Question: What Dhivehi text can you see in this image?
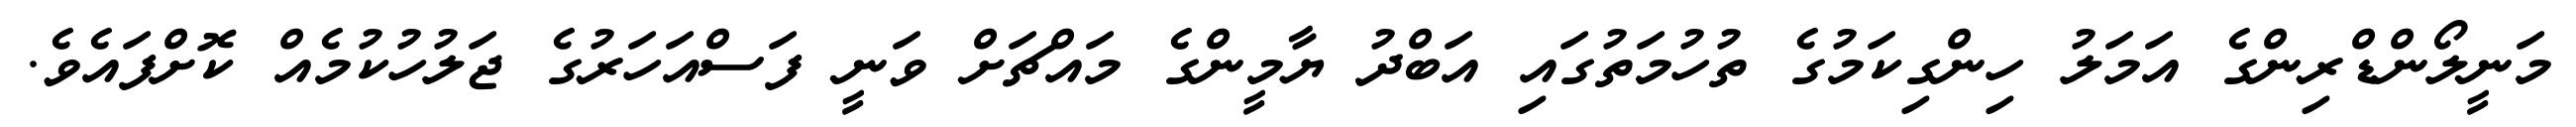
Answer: މަނީލޯންޑްރިންގެ އަމަލު ހިންގިކަމުގެ ތުހުމަތުގައި އަބްދު ޔާމީންގެ މައްޗަށް ވަނީ ފަސްއަހަރުގެ ޖަލުހުކުމެއް ކޮށްފައެވެ.